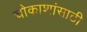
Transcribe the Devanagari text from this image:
चौकाशांसाठी